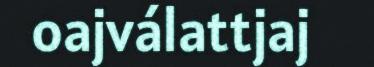
oajválattjaj